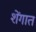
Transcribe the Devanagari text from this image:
शेंगात